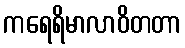
ကရေရိမာလာဝိတတာ